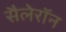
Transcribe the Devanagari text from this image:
सैलेरॉन